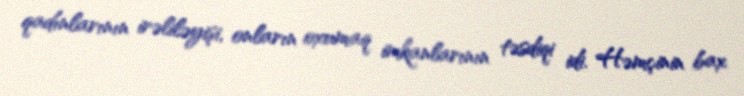
qadınlarının irəliləyişi, onların oxumaq imkanlarının təsdiqi idi. Həmçinin bax